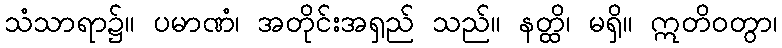
သံသာရာ၌။ ပမာဏံ၊ အတိုင်းအရှည် သည်။ နတ္ထိ၊ မရှိ။ ဣတိဝတွာ၊